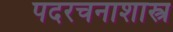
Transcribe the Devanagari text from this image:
पदरचनाशास्त्र